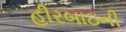
હીરબાઇની